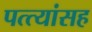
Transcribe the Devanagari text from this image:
पत्त्यांसह